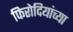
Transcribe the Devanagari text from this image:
फिरोदियांच्या